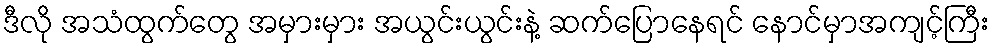
ဒီလို အသံထွက်တွေ အမှားမှား အယွင်းယွင်းနဲ့ ဆက်ပြောနေရင် နောင်မှာအကျင့်ကြီး